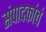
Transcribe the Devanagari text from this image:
संपादकांचं